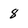
Character: 8